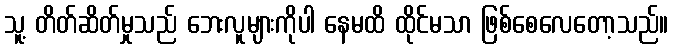
သူ့ တိတ်ဆိတ်မှုသည် ဘေးလူများကိုပါ နေမထိ ထိုင်မသာ ဖြစ်စေလေတော့သည်။